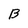
Character: B